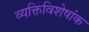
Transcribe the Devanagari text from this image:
व्यक्तिविशेषांक